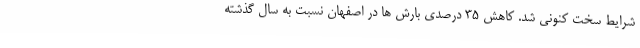
شرایط سخت کنونی شد. کاهش 35 درصدی بارش ها در اصفهان نسبت به سال گذشته